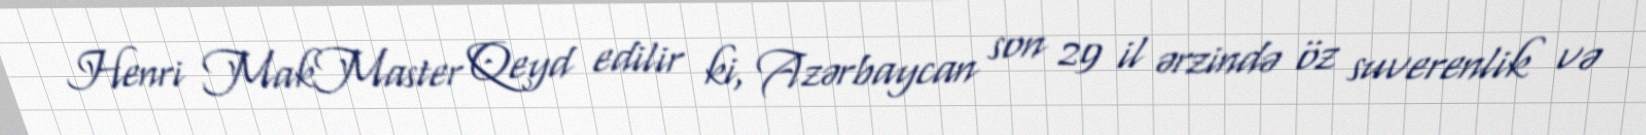
Henri MakMaster Qeyd edilir ki, Azərbaycan son 29 il ərzində öz suverenlik və